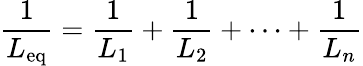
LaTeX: {\frac{1}{L_{\mathrm{eq}}}}={\frac{1}{L_{1}}}+{\frac{1}{L_{2}}}+\cdots+{\frac{1}{L_{n}}}